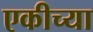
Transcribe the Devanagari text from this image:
एकीच्या